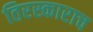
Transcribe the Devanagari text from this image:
तिरस्काराच